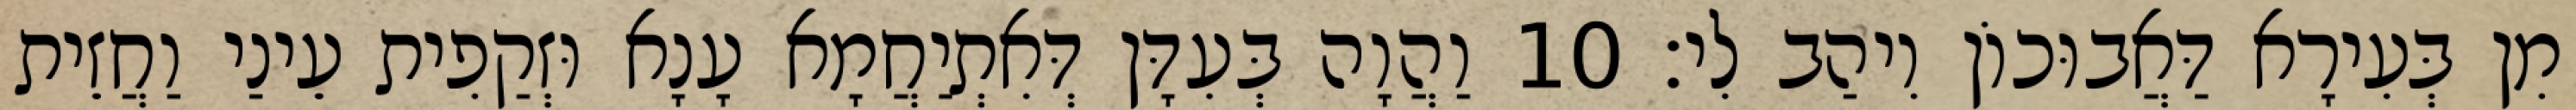
מִן בְּעִירָא דַּאֲבוּכוֹן וִיהַב לִי׃ 10 וַהֲוָה בְּעִדָּן דְּאִתְיַחֲמָא עָנָא וּזְקַפִית עֵינַי וַחֲזֵית